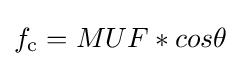
f_{\text{c}}=MUF*cos\theta